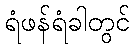
ရံဖန်ရံခါတွင်